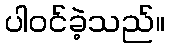
ပါဝင်ခဲ့သည်။